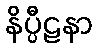
နိပ္ပီဠနာ